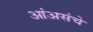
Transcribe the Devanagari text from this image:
आंअसंचे